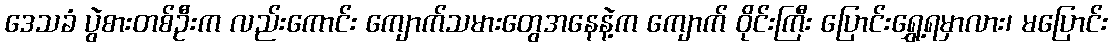
ဒေသခံ ပွဲစားတစ်ဦးက လည်းကောင်း ကျောက်သမားတွေအနေနဲ့က ကျောက် ဝိုင်းကြီး ပြောင်းရွှေ့ရမှာလား၊ မပြောင်း